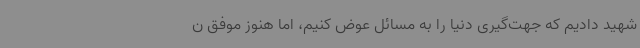
شهید دادیم که جهت‌گیری دنیا را به مسائل عوض کنیم، اما هنوز موفق ن